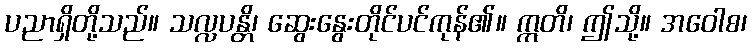
ပညာရှိတို့သည်။ သလ္လပန္တိ၊ ဆွေးနွေးတိုင်ပင်ကုန်၏။ ဣတိ၊ ဤသို့။ အဝေါစ၊